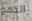
الدمج